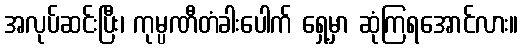
အလုပ်ဆင်းပြီး၊ ကုမ္ပဏီတံခါးပေါက် ရှေ့မှာ ဆုံကြရအောင်လား။